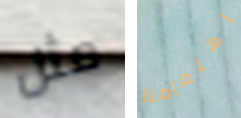
مثل اهتمامنا